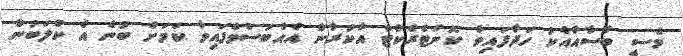
މެސީ ބާސާއާއެކު ހަދާފައިވާ ކޮންޓްރެކްޓް އާކުރާން އެއްބަސްވެފައިވާ ކަމަށް ބުނެ އެ ކްލަބުން